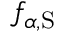
f _ { \alpha , \mathrm { S } }